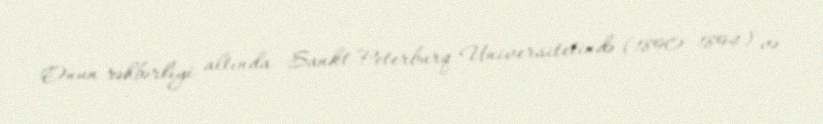
Onun rəhbərliyi altında Sankt-Peterburq Universitetində (1890–1894) və